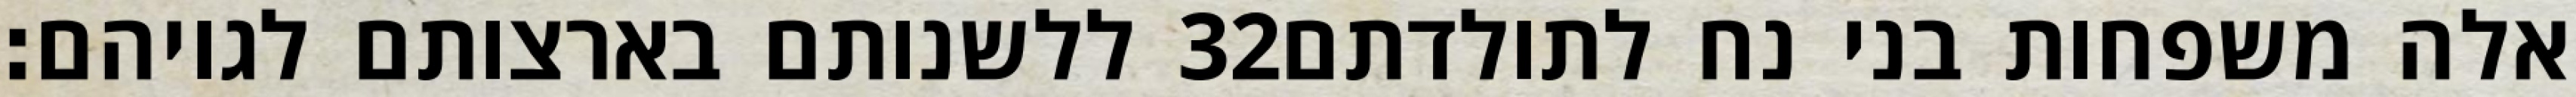
ללשנותם בארצותם לגויהם׃ ‎32‏ אלה משפחות בני נח לתולדתם